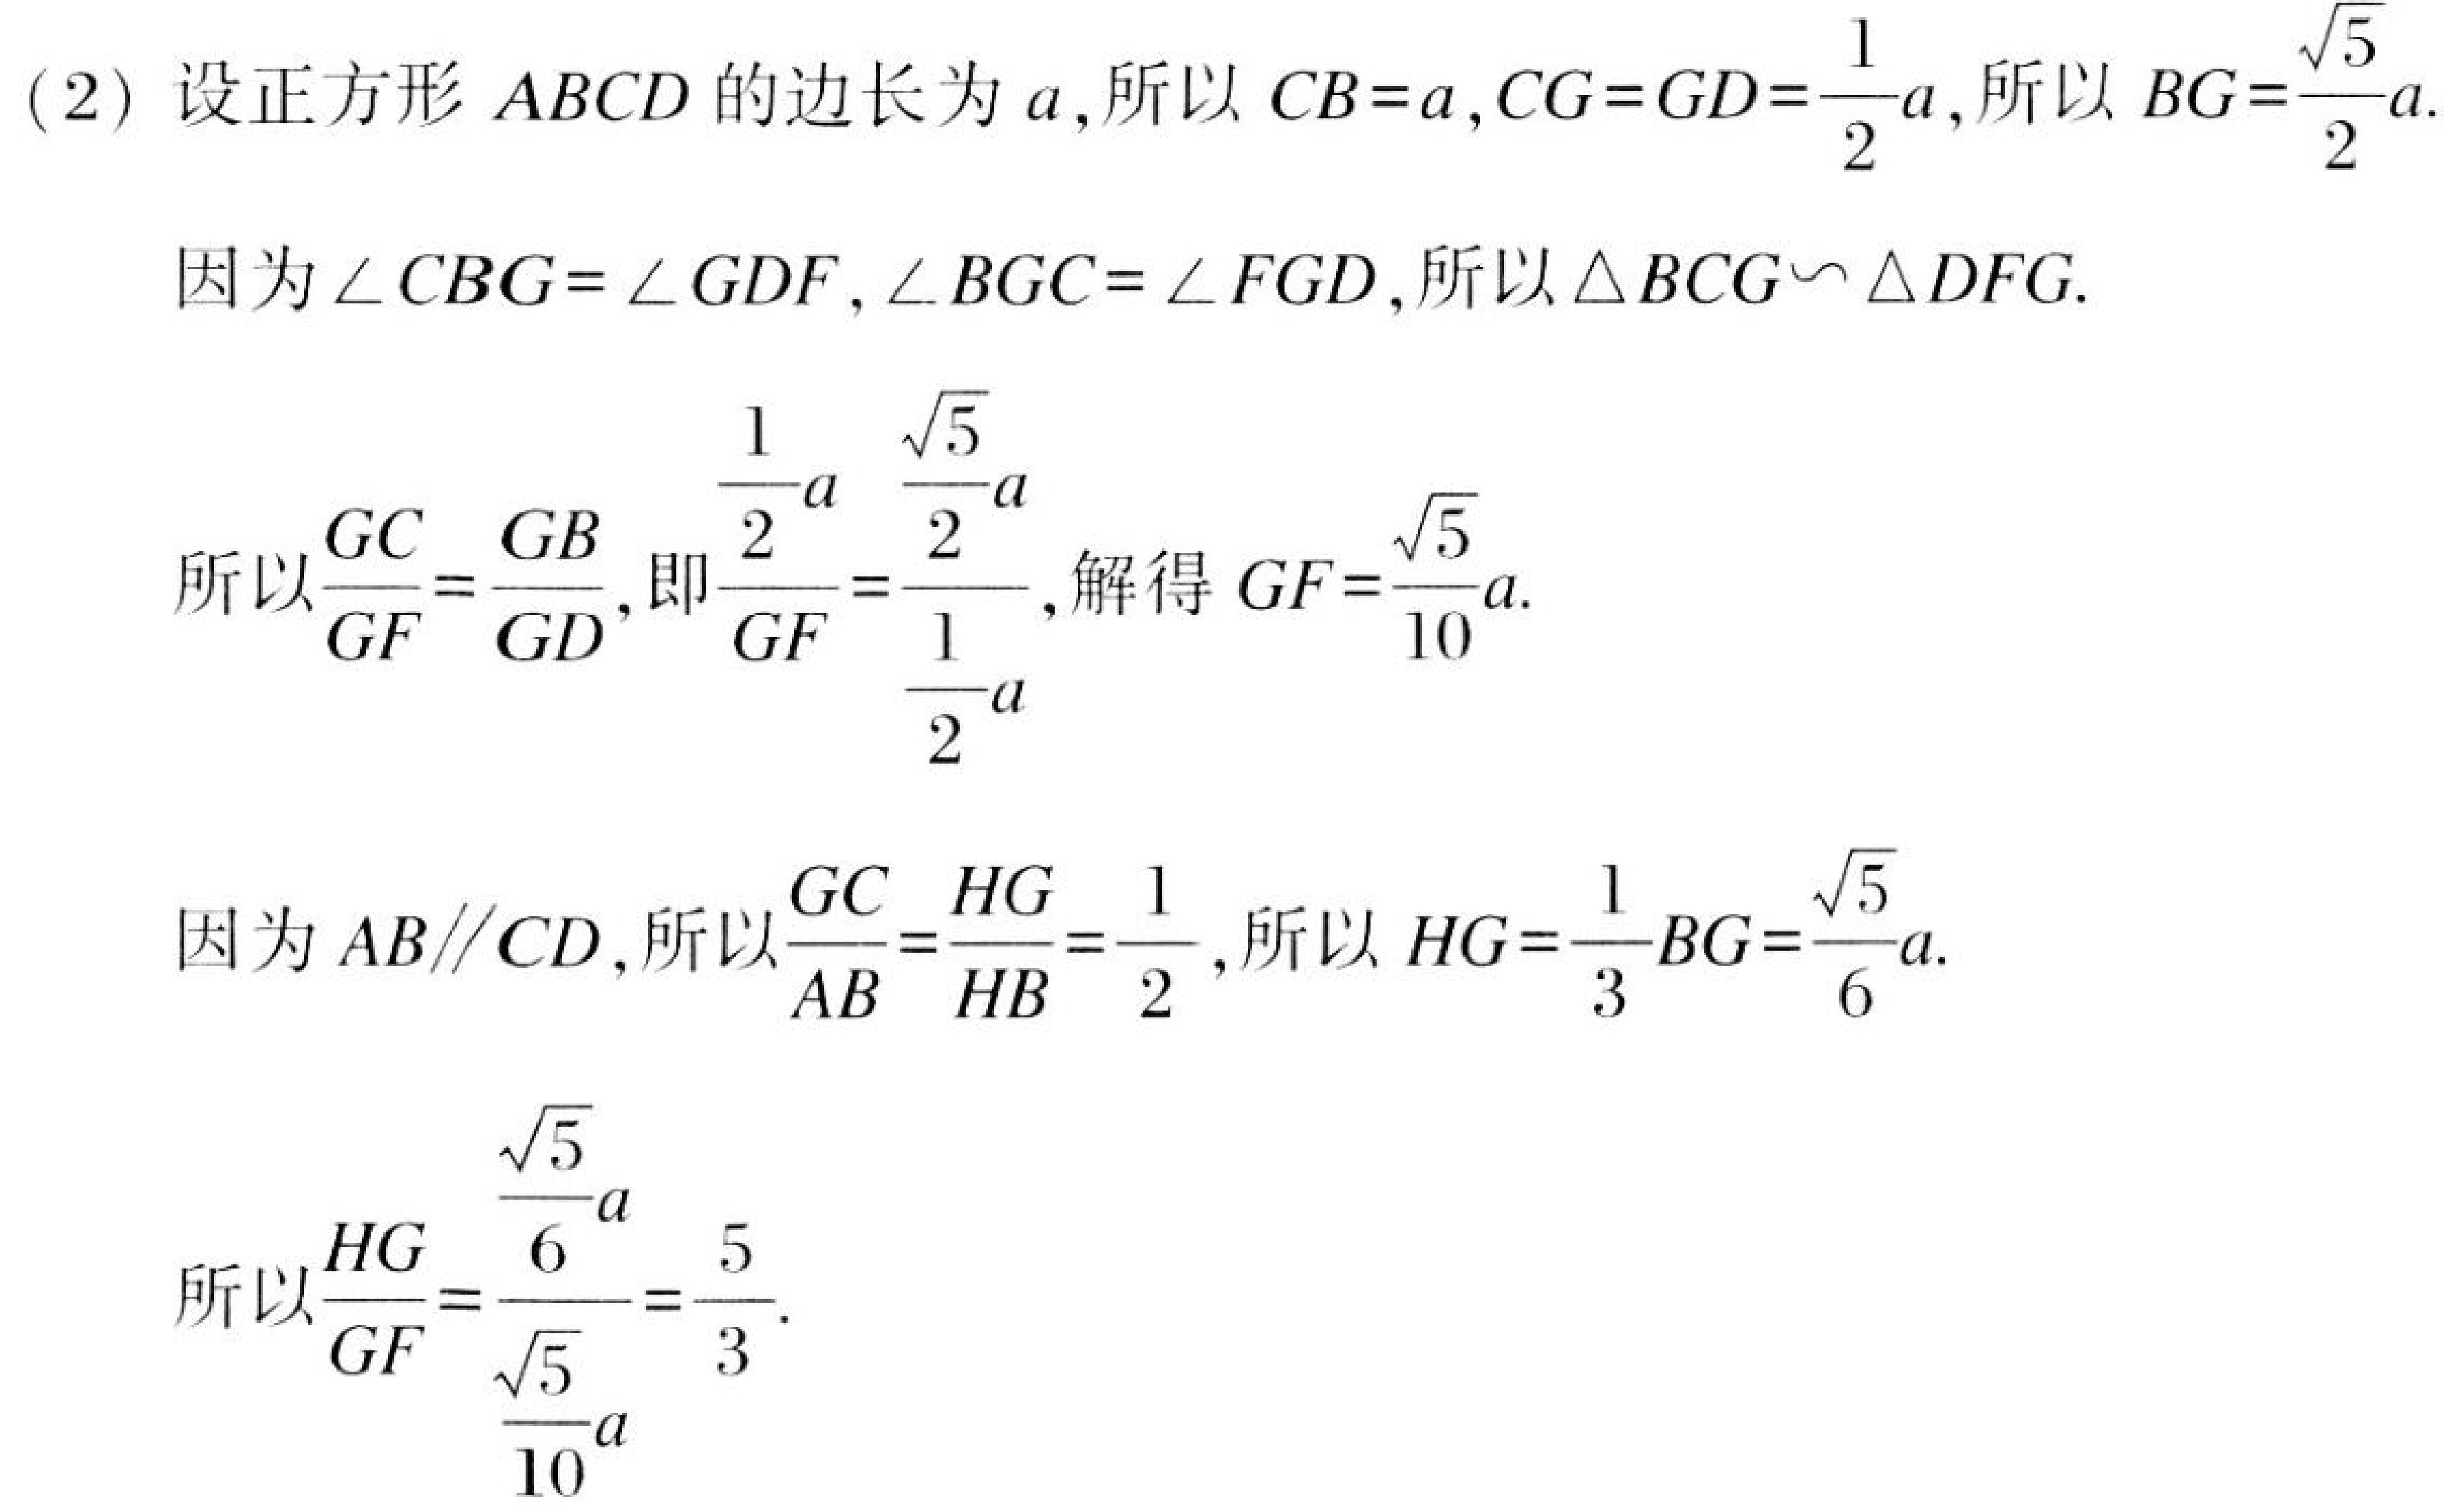
(2) 设正方形 \(ABCD\) 的边长为 \(a\),所以 \(CB = a,CG = GD=\frac{1}{2}a\),所以 \(BG=\frac{\sqrt{5}}{2}a\).
因为\(\angle CBG = \angle GDF,\angle BGC = \angle FGD\),所以\(\triangle BCG\backsim\triangle DFG\).
所以\(\frac{GC}{GF}=\frac{GB}{GD}\),即\(\frac{\frac{1}{2}a}{GF}=\frac{\frac{\sqrt{5}}{2}a}{\frac{1}{2}a}\),解得 \(GF=\frac{\sqrt{5}}{10}a\).
因为 \(AB\parallel CD\),所以\(\frac{GC}{AB}=\frac{HG}{HB}=\frac{1}{2}\),所以 \(HG=\frac{1}{3}BG=\frac{\sqrt{5}}{6}a\).
所以\(\frac{HG}{GF}=\frac{\frac{\sqrt{5}}{6}a}{\frac{\sqrt{5}}{10}a}=\frac{5}{3}\).